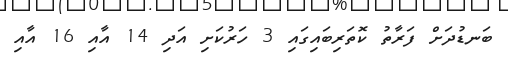
ބަނޑުދަށް ފަރާތު ކޮތަރިބައިގައި 3 ހަރުކަށި އަދި 14 އާއި 16 އާއި